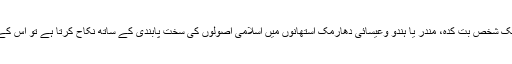
اس اجازت سے فائدہ اٹھاکر اگر ایک شخص بت کدہ، مندر یا ہندو وعیسائی دھارمک استھانوں میں اسلامی اصولوں کی سخت پابندی کے ساتھ نکاح کرتا ہے تو اس کے جائز ہونے میں کوئی شبہہ نہیں۔